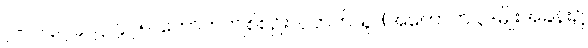
၂-ပါ-၃၇၄၊ ဋ္ဌ-၄၇၅၊ ကောက်ကျစ်စဉ်းလဲတတ်သူ၊ (အကောက် ၃-မျိုးအခန်း၌